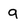
Character: 9